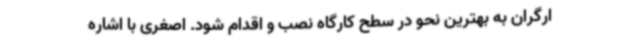
ارگران به بهترین نحو در سطح کارگاه نصب و اقدام شود. اصغری با اشاره